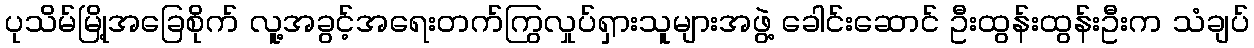
ပုသိမ်မြို့အခြေစိုက် လူ့အခွင့်အရေးတက်ကြွလှုပ်ရှားသူများအဖွဲ့ ခေါင်းဆောင် ဦးထွန်းထွန်းဦးက သံချပ်